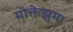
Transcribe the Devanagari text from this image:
मोक्तेझुमा